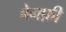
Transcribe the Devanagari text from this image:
बेनफ़ी